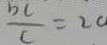
\frac { b c } { c } = 2 0